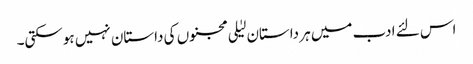
اس لئے ادب میں ہر داستان لیٰلی مجنوں کی داستان نہیں ہوسکتی۔